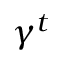
\gamma ^ { t }